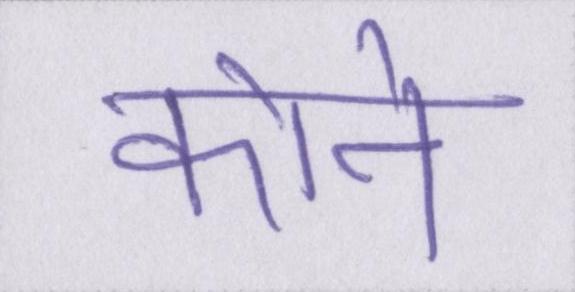
कोने